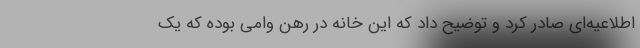
اطلاعیه‌ای صادر کرد و توضیح داد که این خانه در رهن وامی بوده که یک